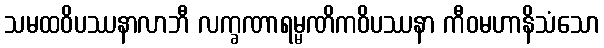
သမထဝိပဿနာလာဘီ လက္ခဏာရမ္မဏိကဝိပဿနာ ကီဝမဟာနိသံသော